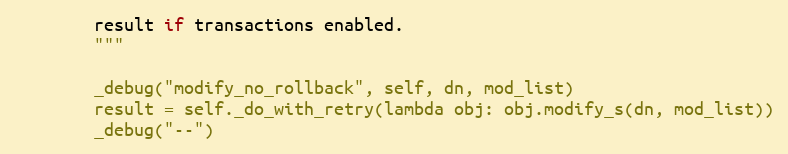
Language: Python
        result if transactions enabled.
        """

        _debug("modify_no_rollback", self, dn, mod_list)
        result = self._do_with_retry(lambda obj: obj.modify_s(dn, mod_list))
        _debug("--")